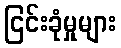
ငြင်းခုံမှုများ